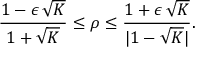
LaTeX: \frac { 1 - \epsilon \, \sqrt { K } } { 1 + \sqrt { K } } \leq \rho \leq \frac { 1 + \epsilon \, \sqrt { K } } { | 1 - \sqrt { K } | } .